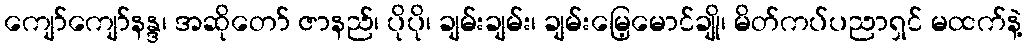
ကျော်ကျော်နန္ဒ၊ အဆိုတော် ဇာနည်၊ ပိုပို၊ ချမ်းချမ်း၊ ချမ်းမြေ့မောင်ချို၊ မိတ်ကပ်ပညာရှင် မထက်နဲ့